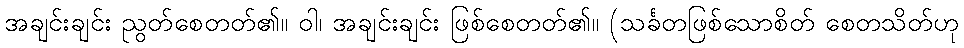
အချင်းချင်း ညွတ်စေတတ်၏။ ဝါ၊ အချင်းချင်း ဖြစ်စေတတ်၏။ (သင်္ခတဖြစ်သောစိတ် စေတသိတ်ဟု